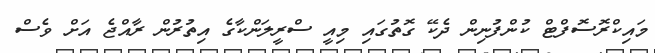
މައިކްރޮސޮފްޓް ކުންފުނިން ދެކޭ ގޮތުގައި މިއީ ސްރީލަންކާގެ އިތުރުން ރާއްޖެ އަށް ވެސް